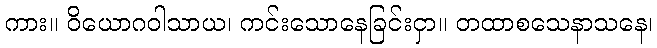
ကား။ ဝိယောဂဝါသာယ၊ ကင်းသောနေခြင်းငှာ။ တထာစသေနာသနေ၊